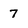
Character: 7